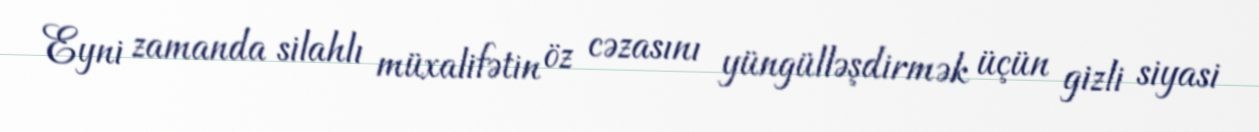
Eyni zamanda silahlı müxalifətin öz cəzasını yüngülləşdirmək üçün gizli siyasi